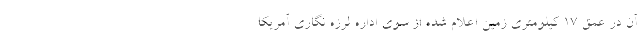
آن در عمق ۱۷ کیلومتری زمین اعلام شده از سوی اداره لرزه نگاری آمریکا